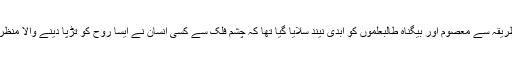
اس ازیت ناک اور غیر انسانی طریقہ سے معصوم اور بیگناہ طالبعلموں کو ابدی نیند سلایا گیا تھا کہ چشم فلک سے کسی انسان نے ایسا روح کو تڑپا دینے والا منظر اپنے سامنے نہیں دیکھا ہو گا ۔